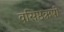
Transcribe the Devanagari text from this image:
वसिष्ठऋषी